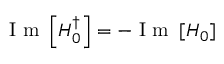
\mathrm { ~ I ~ m ~ } \left[ H _ { 0 } ^ { \dagger } \right] = - \mathrm { ~ I ~ m ~ } \left[ H _ { 0 } \right]